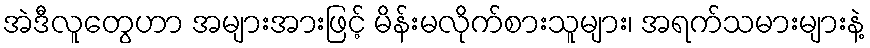
အဲဒီလူတွေဟာ အများအားဖြင့် မိန်းမလိုက်စားသူများ၊ အရက်သမားများနဲ့